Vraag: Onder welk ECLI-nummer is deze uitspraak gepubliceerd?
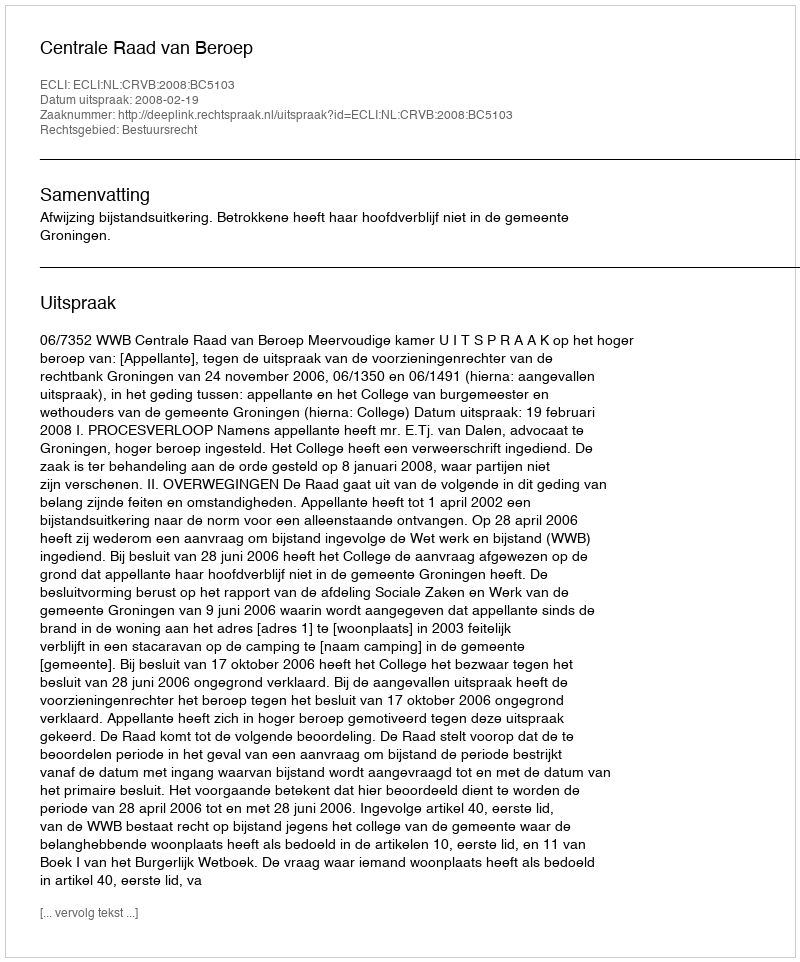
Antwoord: ECLI:NL:CRVB:2008:BC5103